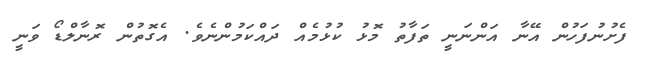
ފެށުނުފަހުން އޭނާ އަންނަނީ ތަފާތު މޮޅު ކުޅުމެއް ދައްކަމުންނެވެ. އެގޮތުން ރޮނާލްޑޯ ވަނީ